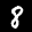
Label: 8